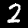
Digit: 2